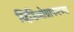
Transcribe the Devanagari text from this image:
व्हिडिओग्राफरच्या